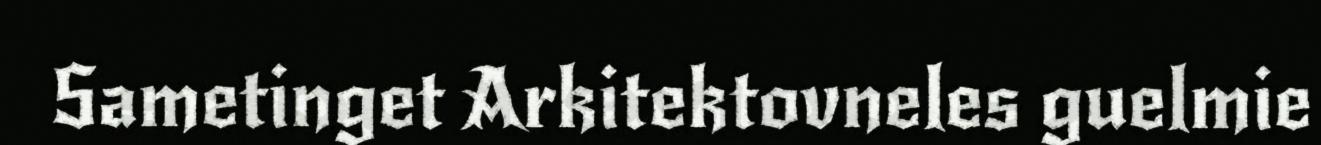
Sametinget Arkitektovneles guelmie